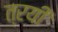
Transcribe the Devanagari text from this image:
त्रयीं